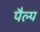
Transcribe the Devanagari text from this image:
पैल्प